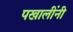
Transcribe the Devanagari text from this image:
पखालींनी